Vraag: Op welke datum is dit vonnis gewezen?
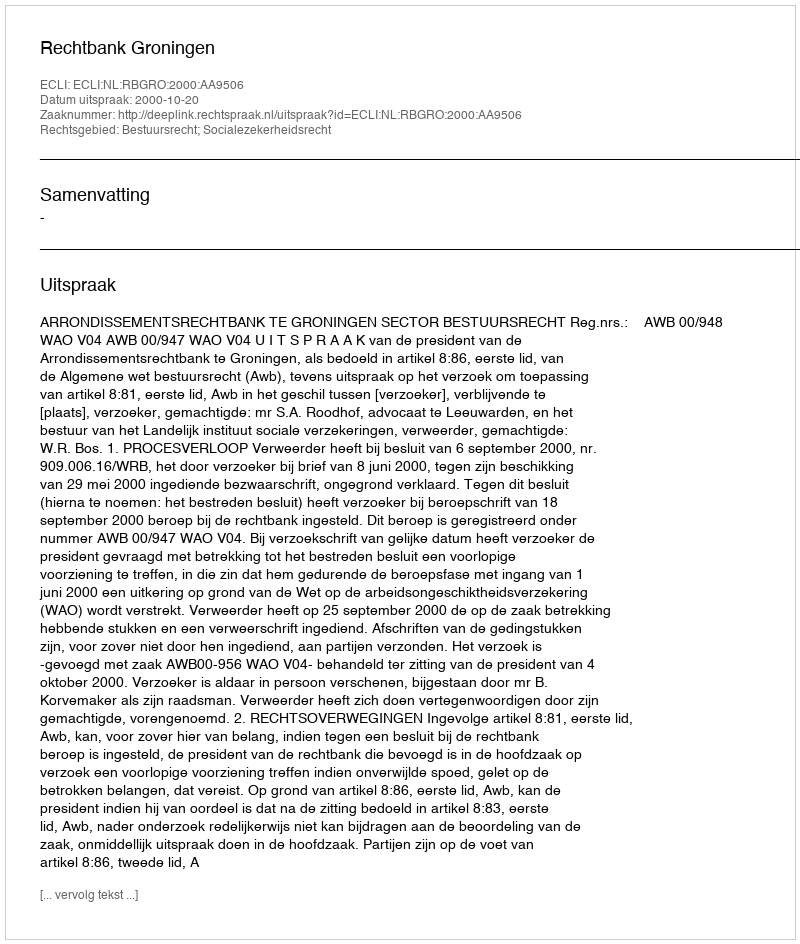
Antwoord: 2000-10-20